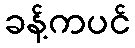
ခန့်ကပင်